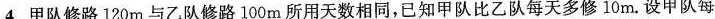
4.甲队修路120m与乙队修路100m所用天数相同，已知甲队比乙队每天多修10m.设甲队每